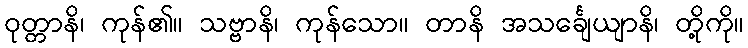
ဝုတ္တာနိ၊ ကုန်၏။ သဗ္ဗာနိ၊ ကုန်သော။ တာနိ အသင်္ချေယျာနိ၊ တို့ကို။